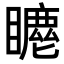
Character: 𥋦